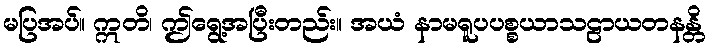
မပြအပ်။ ဣတိ၊ ဤရွေ့အပြီးတည်း။ အယံ နာမရူပပစ္စယာသဠာယတနန္တိ